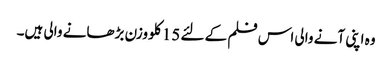
وہ اپنی آنے والی اس فلم کے لئے 15 کلو وزن بڑھانے والی ہیں۔